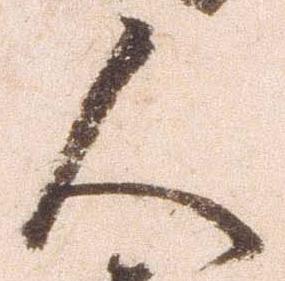
人